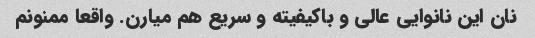
نان این نانوایی عالی و باکیفیته و سریع هم میارن. واقعا ممنونم